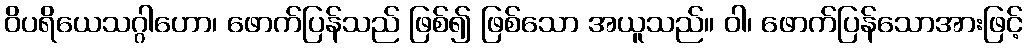
ဝိပရိယေသဂ္ဂါဟော၊ ဖောက်ပြန်သည် ဖြစ်၍ ဖြစ်သော အယူသည်။ ဝါ၊ ဖောက်ပြန်သောအားဖြင့်